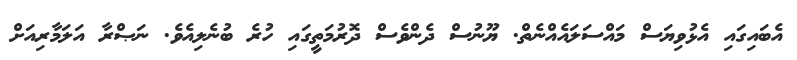
އެބައިގައި އެޅުވިޔަސް މައްސަލައެއްނެތް. ޔޫނުސް ދެންވެސް ދޮރުމަތީގައި ހުރެ ބުނެލިއެވެ. ނަޞްރާ އަލަމާރިއަށް